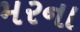
મરના